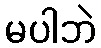
မပါဘဲ